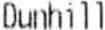
DUNHILL